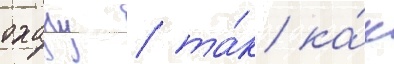
охану / та́к ка́к